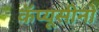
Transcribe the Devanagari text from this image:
कॅप्यूसीनो